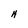
Character: H